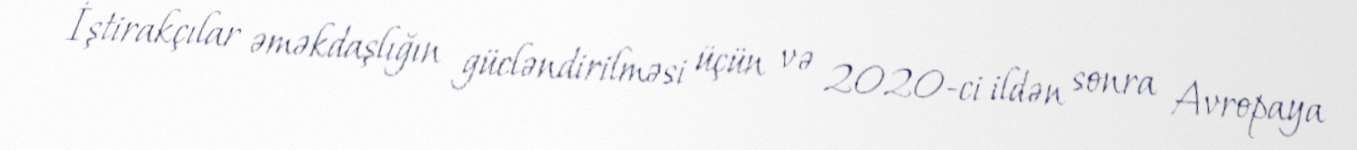
İştirakçılar əməkdaşlığın gücləndirilməsi üçün və 2020-ci ildən sonra Avropaya